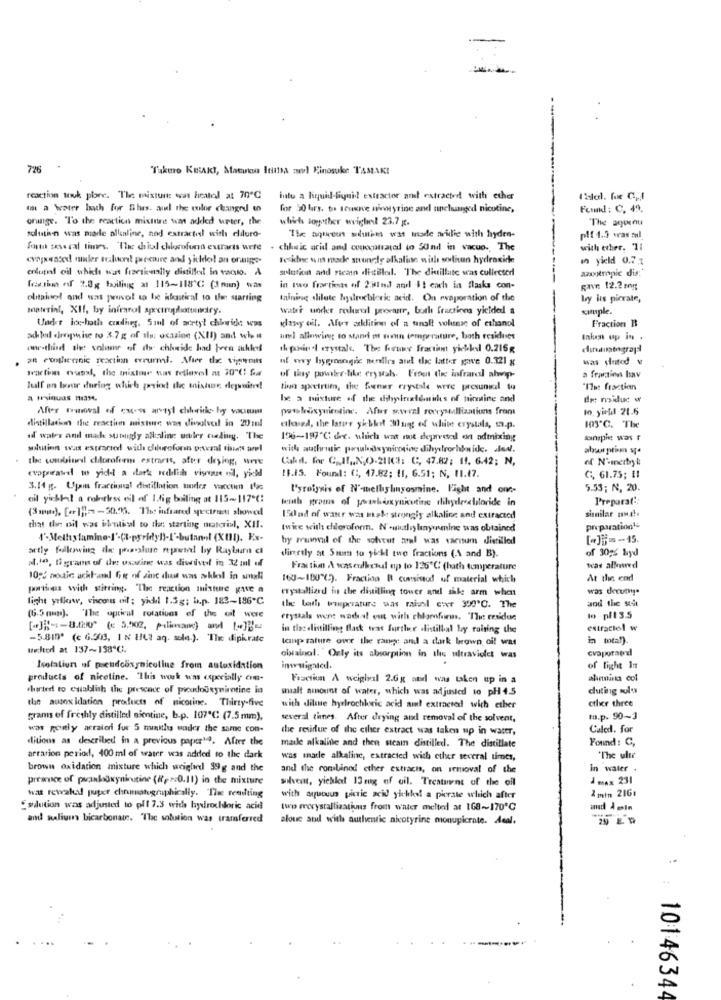
726
"Takuro KetAkt, Matwin Itta nel Finosuke TAMAKI
reaction touk plore. The mixture was heatel at 70ª℃
into a liquid-liquid extractor anel extracted with ether
a water bath for this. and the che changed to
for 50 hrs. te Ieuxkve miwyrine and unchanged nicotine,
Found: C. 49.
orange. "To the reaction mixture was added urter, the
which soyother evighet 23.7 pt.
The aqueeu
solution was made alkenline, nad extractel with eliloro-
The aqureus sduties wat made aridie with hyden-
plf 1.5 was zul
Forth several times. "The chial chlorofond extracts were
. chleic acid and conocstrated to 50nd in vacuo. The
with ether, 7:
crapseated! muler soluont pressure and yitkol an oraige-
Teskne ums made strongly alkaline with soliun hydroxide
in yield 0.7.1
erdutaf oil which was frantically distillol in tacto. A
solution and rtcan distillel. The distillate was collected
azotropic dis:
festim of 2.0g boiling at 115~118 ℃ (3nun) was
in two fracties of 2:31mdl and &t cach in flasks con-
Rave 12.2 mg
elitahol and was povol to be hbastical to the starting
taining dilute hydrochloric acid. Ou evaporation of the
by ins picrate,
material, XII, by infrarol spectroplotundry.
water under rolurl prestar, buth fractions yielded a
simple.
Fraction It
Under hoc-hoth coding. Soul of aorty! chiwide was
«lasey oil. Aus addition of a tanalt volusmsc of ethanol
achled dropwise to 3.7 g of ils: oxazine (XII) and who #
uml allowing to stand o mon temperature, both residises
Inken up in .
one-third the volume of dy chheide had pren suhles
the print crystal. The fruer fraction giekkel 0.216g
at constlerinic reaction errurmi. After the tigerits
was slutod v
yeartim musst, the misline was fellesel at 30"℃! Ga
of thy powker like frystah. Frout the infrared ahop-
a fraction bav
Tualf on bour during which grid the unishar degsuites!
tina spetrtien, the foenur rrystale were presunial to
"Ies fraction
be a mixture of the dihpineldaids of himtine and
dr: noiduc w
After mrwval of ques arytyl chlorithe hoy viciem
pwwkusynicotine. Afur soweel rocrystallizations from
10. yinul 21.6
distillation the reaction mixture was dissolved in 20ml
closed, the later yibloot 30 ung of white crystals, tn.p.
103"℃. The
id water and made sutnigdy alkaline uwley feeling. The
196-197℃ e. which was ist depreseal on admixing
minspie was
solution was extracted with chloroformn porzal tiiets amel
with authentic porsuluisynicotine dilyerochbaide. aleal.
the combined chloroform extrarts, after drying, were
Cahil. for CIT ., N.O.21101: C, 47.82; 11, 6.42; N,
of N'-merbry k
cvoparated to yid -! a dark redlilith viscous osdl, yield
11.15. Found: (1, 47.82; 11, 6.51; N, 11.47.
C, 61.75; !!
3.14 g. Ujains fraccinal distillation under vacctien ING
l'yroignis of N'-methylnyosmine. Fight and one-
5.53; N, 20.
cil yichtal a robirkess oil of I.dig bailing at 115-1175℃:
tenth grams of yourboxynicotine dihyreselitoride in
Preparat ::
(3 mm). [er]] =- 50.9. The infrared spectrusti showcel
150ad of water was mak strongis alkaline and extracted
sismilar na !.
that the oil was indential to the starting material, XII.
twice with chloroform. N'ontliylanymning was obtained
propuation1-
by musel of the softut arel was vaeusum distilled
[-]if-15.
atly following de polic reprint by Rayburn ci
of 30;% byd
2.10, 0 grams of the usazine was diwivel in 32ml of
Firstly at Sun to yickl two fractions (A and B).
Frantiun A waserdkcked up to 125℃ (hath temperature
was allowed
10 ;: modic ackland for of zinc dust was wklesl in snell
160~100℃). Fraction R consisted of material which
At the end
porties with stitring. "The reaction mistene gave a
crystalliard in the distilling tower and shle arm when
was derumy.
light yellow, viscous oil; yici 1.3g; b.p. 183-186 ℃
and the soit
the leith waiperature was maisel cier 390'℃. The
(6.5 min). 'The optical rotations of the oil were
erymals wert wadol out with chloroform. "The residue
lo pit3.5
[+]]] -- BJ] ( 5002, piliman) and [0]=
in the distilling flask was further alistillal by raising the
extractol w
-5.815 (€ 6.303, 1 Nº 108 aq. sola.). The diphrate
tcp rature owe the range and a dark brown oi! was
in total).
we:kter at 137~138ª℃.
cvaporated
obiainal. Oaly its absorption in the ultraviolet was
Isolation of pseudooxynicoline from autoxidation
insightod.
of light In
products of nicotine. This work was coxcially con-
Fraction A weiglval 2.6g and was taken up in a
alunnina col
charter! to establish the presence of proudoutymintine in
sialt ninount of water, which was adjusted to pH 4.5
duting solos
tan ausoxidation products of nicoline. Thirty five
with dile hydrochloric acid ait extracted wich ether
other three
grams of freshly distilled sientine, b-p. 107"℃ (7.5 mm),
several times. After drying and removal of the solvent,
ta.p. 90-3
was goutly acraieri for 5 minithis under the same con-
the residue of the ether extract was taken up in water,
Caled. for
ditions as described in a previous papier10. After the
maile alkaline and then steamn distilled. The distillate
Found: C,
arration period, 400ml of water was added to the dark
was marle alkaline, extracted wich ether several times,
"The ultr
brown oxidation misture which weighed 39g and the
and the combined ether estracis, on removal of the
in water .
price of painboxynicotine (ip :0.11) in the mixture
silver, yichlet 13 mg of uil. Trestuent of the oil
2 max 231
wat rewaluif puper chrummatographically. The reestting
with aquouus picric acid yichled! a pierate which after
2 min 2161
Esaution was adjusted to plf 7.3 with layrochloric acid
two recrystallizations from water melted at 168 ~~ 170℃
and salium bicarbonate. The solution was tramferred
alouc and with authentic nicotyrine monupicrate. Acal.
..
1014634